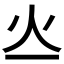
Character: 𤆂